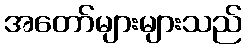
အတော်များများသည်